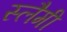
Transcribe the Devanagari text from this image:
स्लैमी